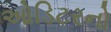
ઓડિટરનો